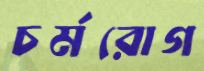
চর্মরোগ